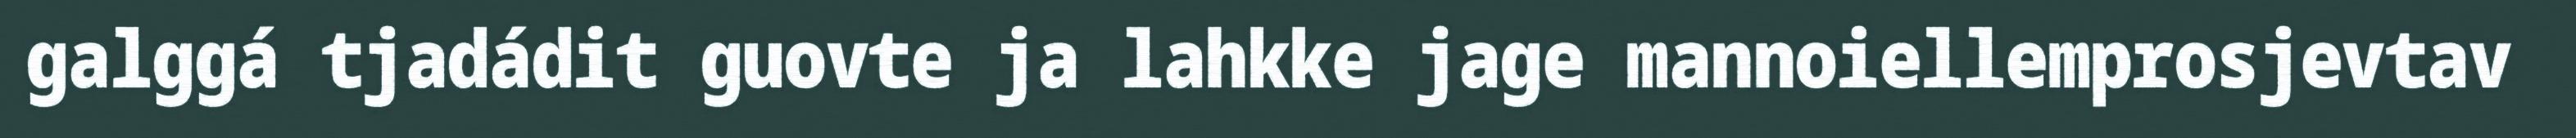
galggá tjadádit guovte ja lahkke jage mannoiellemprosjevtav